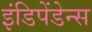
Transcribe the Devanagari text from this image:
इंडिपेंडेन्स